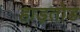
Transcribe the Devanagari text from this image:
हाड़तोड